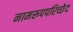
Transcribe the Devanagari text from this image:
नामरूपपरिच्छेद